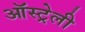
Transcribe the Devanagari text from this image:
ऑस्ट्रेली